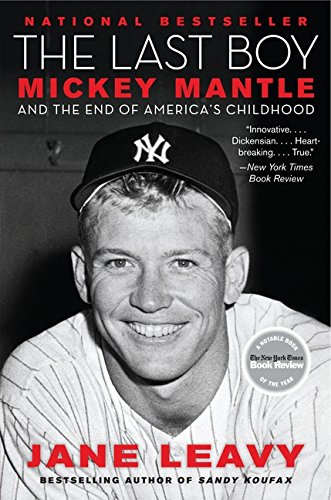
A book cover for The Last Boy: Mickey Mantle and the End of America's Childhood; Jane Leavy; Biographies & Memoirs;